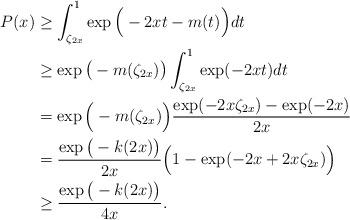
LaTeX: \begin{align*} P(x) & \geq \int_{\zeta_{2x}}^1 \exp\Big(-2xt - m(t)\Big) dt \\ & \geq \exp\big(-m(\zeta_{2x})\big) \int_{\zeta_{2x}}^1 \exp (-2xt) dt \\ & = \exp\Big(-m(\zeta_{2x})\Big)\frac{\exp(-2x\zeta_{2x}) - \exp(-2x)}{2x} \\ & = \frac{\exp\big(-k(2x)\big)}{2x} \Big(1-\exp( -2x + 2x\zeta_{2x})\Big) \\ & \geq \frac{\exp\big(-k(2x)\big)}{4x}.\end{align*}